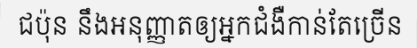
ជប៉ុន នឹងអនុញ្ញាតឲ្យអ្នកជំងឺកាន់តែច្រើន